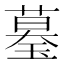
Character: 𦻒